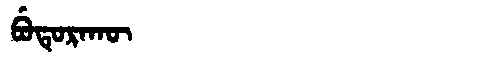
Manchu: ᠪᡠᡨᡠᡵᠠᡴᡡ
Romanization: BUTURAKŪ